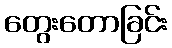
တွေးတောခြင်း